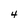
Character: 4